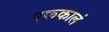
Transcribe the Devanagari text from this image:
एककालं